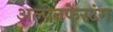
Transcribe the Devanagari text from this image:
अल्पेनफेस्टंग